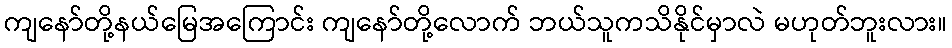
ကျနော်တို့နယ်မြေအကြောင်း ကျနော်တို့လောက် ဘယ်သူကသိနိုင်မှာလဲ မဟုတ်ဘူးလား။